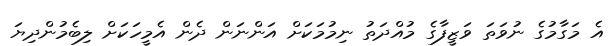
އެ މަގާމުގެ ނުވަތަ ވަޒީފާގެ މުއްދަތު ނިމުމަކަށް އަންނަން ދެން އެމީހަކަަށް ލިބެމުންދިޔަ